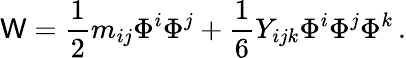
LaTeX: \mathsf{W}=\frac{{1}}{{2}}m_{ij}\Phi^{i}\Phi^{j}+\frac{{1}}{{6}}Y_{ijk}\Phi^{i}\Phi^{j}\Phi^{k}\, .